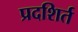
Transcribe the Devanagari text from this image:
प्रदशिर्त